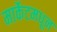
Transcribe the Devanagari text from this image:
मार्केटमधून